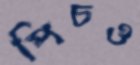
পিচও